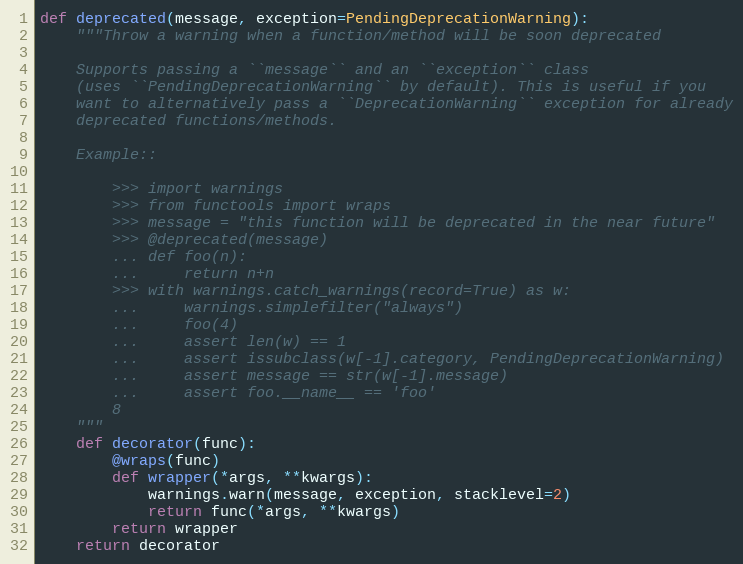
Language: Python
def deprecated(message, exception=PendingDeprecationWarning):
    """Throw a warning when a function/method will be soon deprecated

    Supports passing a ``message`` and an ``exception`` class
    (uses ``PendingDeprecationWarning`` by default). This is useful if you
    want to alternatively pass a ``DeprecationWarning`` exception for already
    deprecated functions/methods.

    Example::

        >>> import warnings
        >>> from functools import wraps
        >>> message = "this function will be deprecated in the near future"
        >>> @deprecated(message)
        ... def foo(n):
        ...     return n+n
        >>> with warnings.catch_warnings(record=True) as w:
        ...     warnings.simplefilter("always")
        ...     foo(4)
        ...     assert len(w) == 1
        ...     assert issubclass(w[-1].category, PendingDeprecationWarning)
        ...     assert message == str(w[-1].message)
        ...     assert foo.__name__ == 'foo'
        8
    """
    def decorator(func):
        @wraps(func)
        def wrapper(*args, **kwargs):
            warnings.warn(message, exception, stacklevel=2)
            return func(*args, **kwargs)
        return wrapper
    return decorator